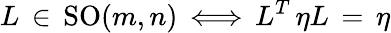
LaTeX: L\, \in\, \mathrm{SO}(m,n)\, \Longleftrightarrow\, L^{T}\, \eta L\, =\, \eta